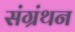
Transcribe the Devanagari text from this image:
संग्रंथन